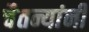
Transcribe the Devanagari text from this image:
चैतन्यांनी